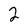
Character: 2